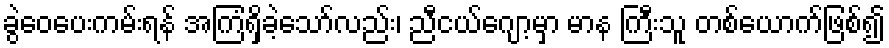
ခွဲဝေပေးကမ်းရန် အကြံရှိခဲ့သော်လည်း၊ ညီငယ်ဂျော့မှာ မာန ကြီးသူ တစ်ယောက်ဖြစ်၍